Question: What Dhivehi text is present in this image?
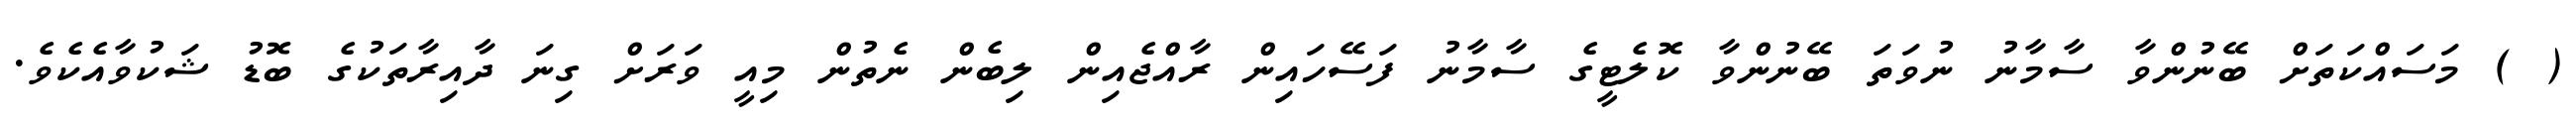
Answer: ( ) މަސައްކަތަށް ބޭނުންވާ ސާމާނު ނުވަތަ ބޭނުންވާ ކޮލެޓީގެ ސާމާނު ފަސޭހައިން ރާއްޖެއިން ލިބެން ނެތުން މިއީ ވަރަށް ގިނަ ދާއިރާތަކުގެ ބޮޑު ޝަކުވާއެކެވެ.